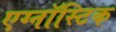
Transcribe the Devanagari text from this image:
एग्नॉस्टिक